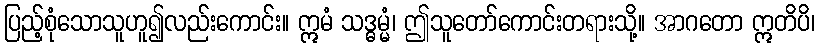
ပြည့်စုံသောသူဟူ၍လည်းကောင်း။ ဣမံ သဒ္ဓမ္မံ၊ ဤသူတော်ကောင်းတရားသို့။ အာဂတော ဣတိပိ၊